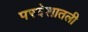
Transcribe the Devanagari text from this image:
परदेशातली